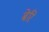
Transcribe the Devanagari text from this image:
बेरि